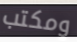
ومكتب